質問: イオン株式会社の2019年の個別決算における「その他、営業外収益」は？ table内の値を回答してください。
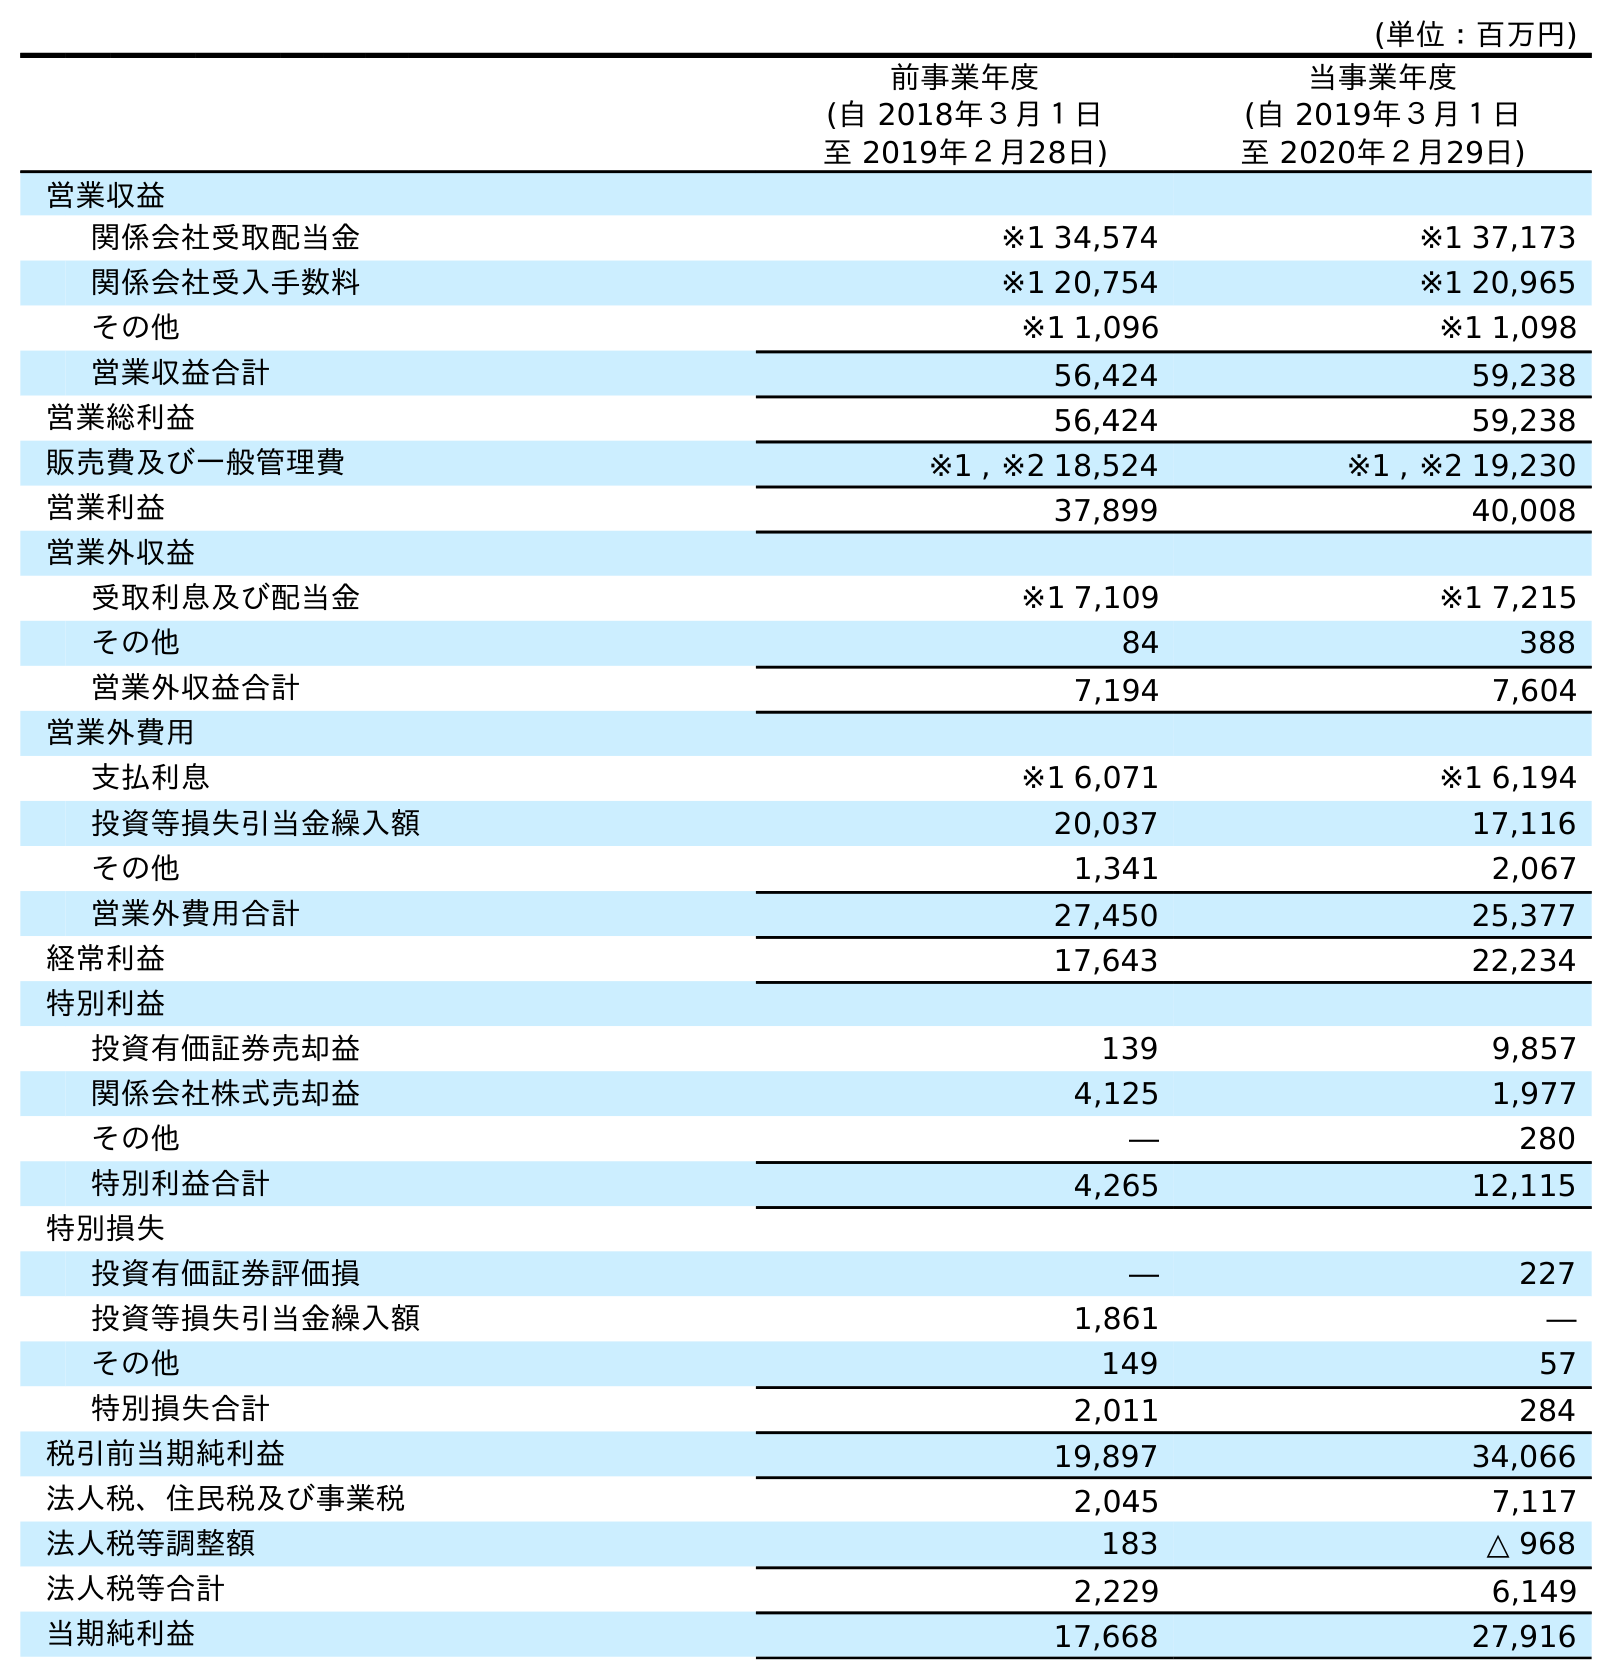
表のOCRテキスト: (単位：百万円) 前事業年度 (自 2018年３月１日 至 2019年２月28日) 当事業年度 (自 2019年３月１日 至 2020年２月29日) 営業収益 関係会社受取配当金 ※1 34,574 ※1 37,173 関係会社受入手数料 ※1 20,754 ※1 20,965 その他 ※1 1,096 ※1 1,098 営業収益合計 56,424 59,238 営業総利益 56,424 59,238 販売費及び一般管理費 ※1 , ※2 18,524 ※1 , ※2 19,230 営業利益 37,899 40,008 営業外収益 受取利息及び配当金 ※1 7,109 ※1 7,215 その他 84 388 営業外収益合計 7,194 7,604 営業外費用 支払利息 ※1 6,071 ※1 6,194 投資等損失引当金繰入額 20,037 17,116 その他 1,341 2,067 営業外費用合計 27,450 25,377 経常利益 17,643 22,234 特別利益 投資有価証券売却益 139 9,857 関係会社株式売却益 4,125 1,977 その他 ― 280 特別利益合計 4,265 12,115 特別損失 投資有価証券評価損 ― 227 投資等損失引当金繰入額 1,861 ― その他 149 57 特別損失合計 2,011 284 税引前当期純利益 19,897 34,066 法人税、住民税及び事業税 2,045 7,117 法人税等調整額 183 △ 968 法人税等合計 2,229 6,149 当期純利益 17,668 27,916
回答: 84